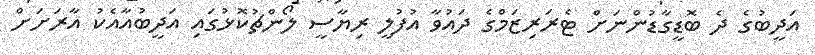
އަދީބުގެ ދެ ބޮޑީގާޑުންނަށް ޓެރަރިޒަމްގެ ދައުވާ އުފުލީ ރިޔާސީ ލޯންޗުކޮޅުގައި އަދީބުއާއެކު އާރަށަށް